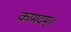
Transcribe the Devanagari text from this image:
कामदम्।।